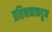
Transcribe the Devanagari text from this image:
प्रशिक्षकाकडून